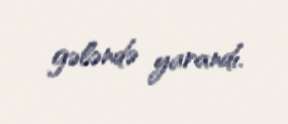
gələndə yarandı.